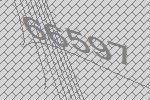
66597